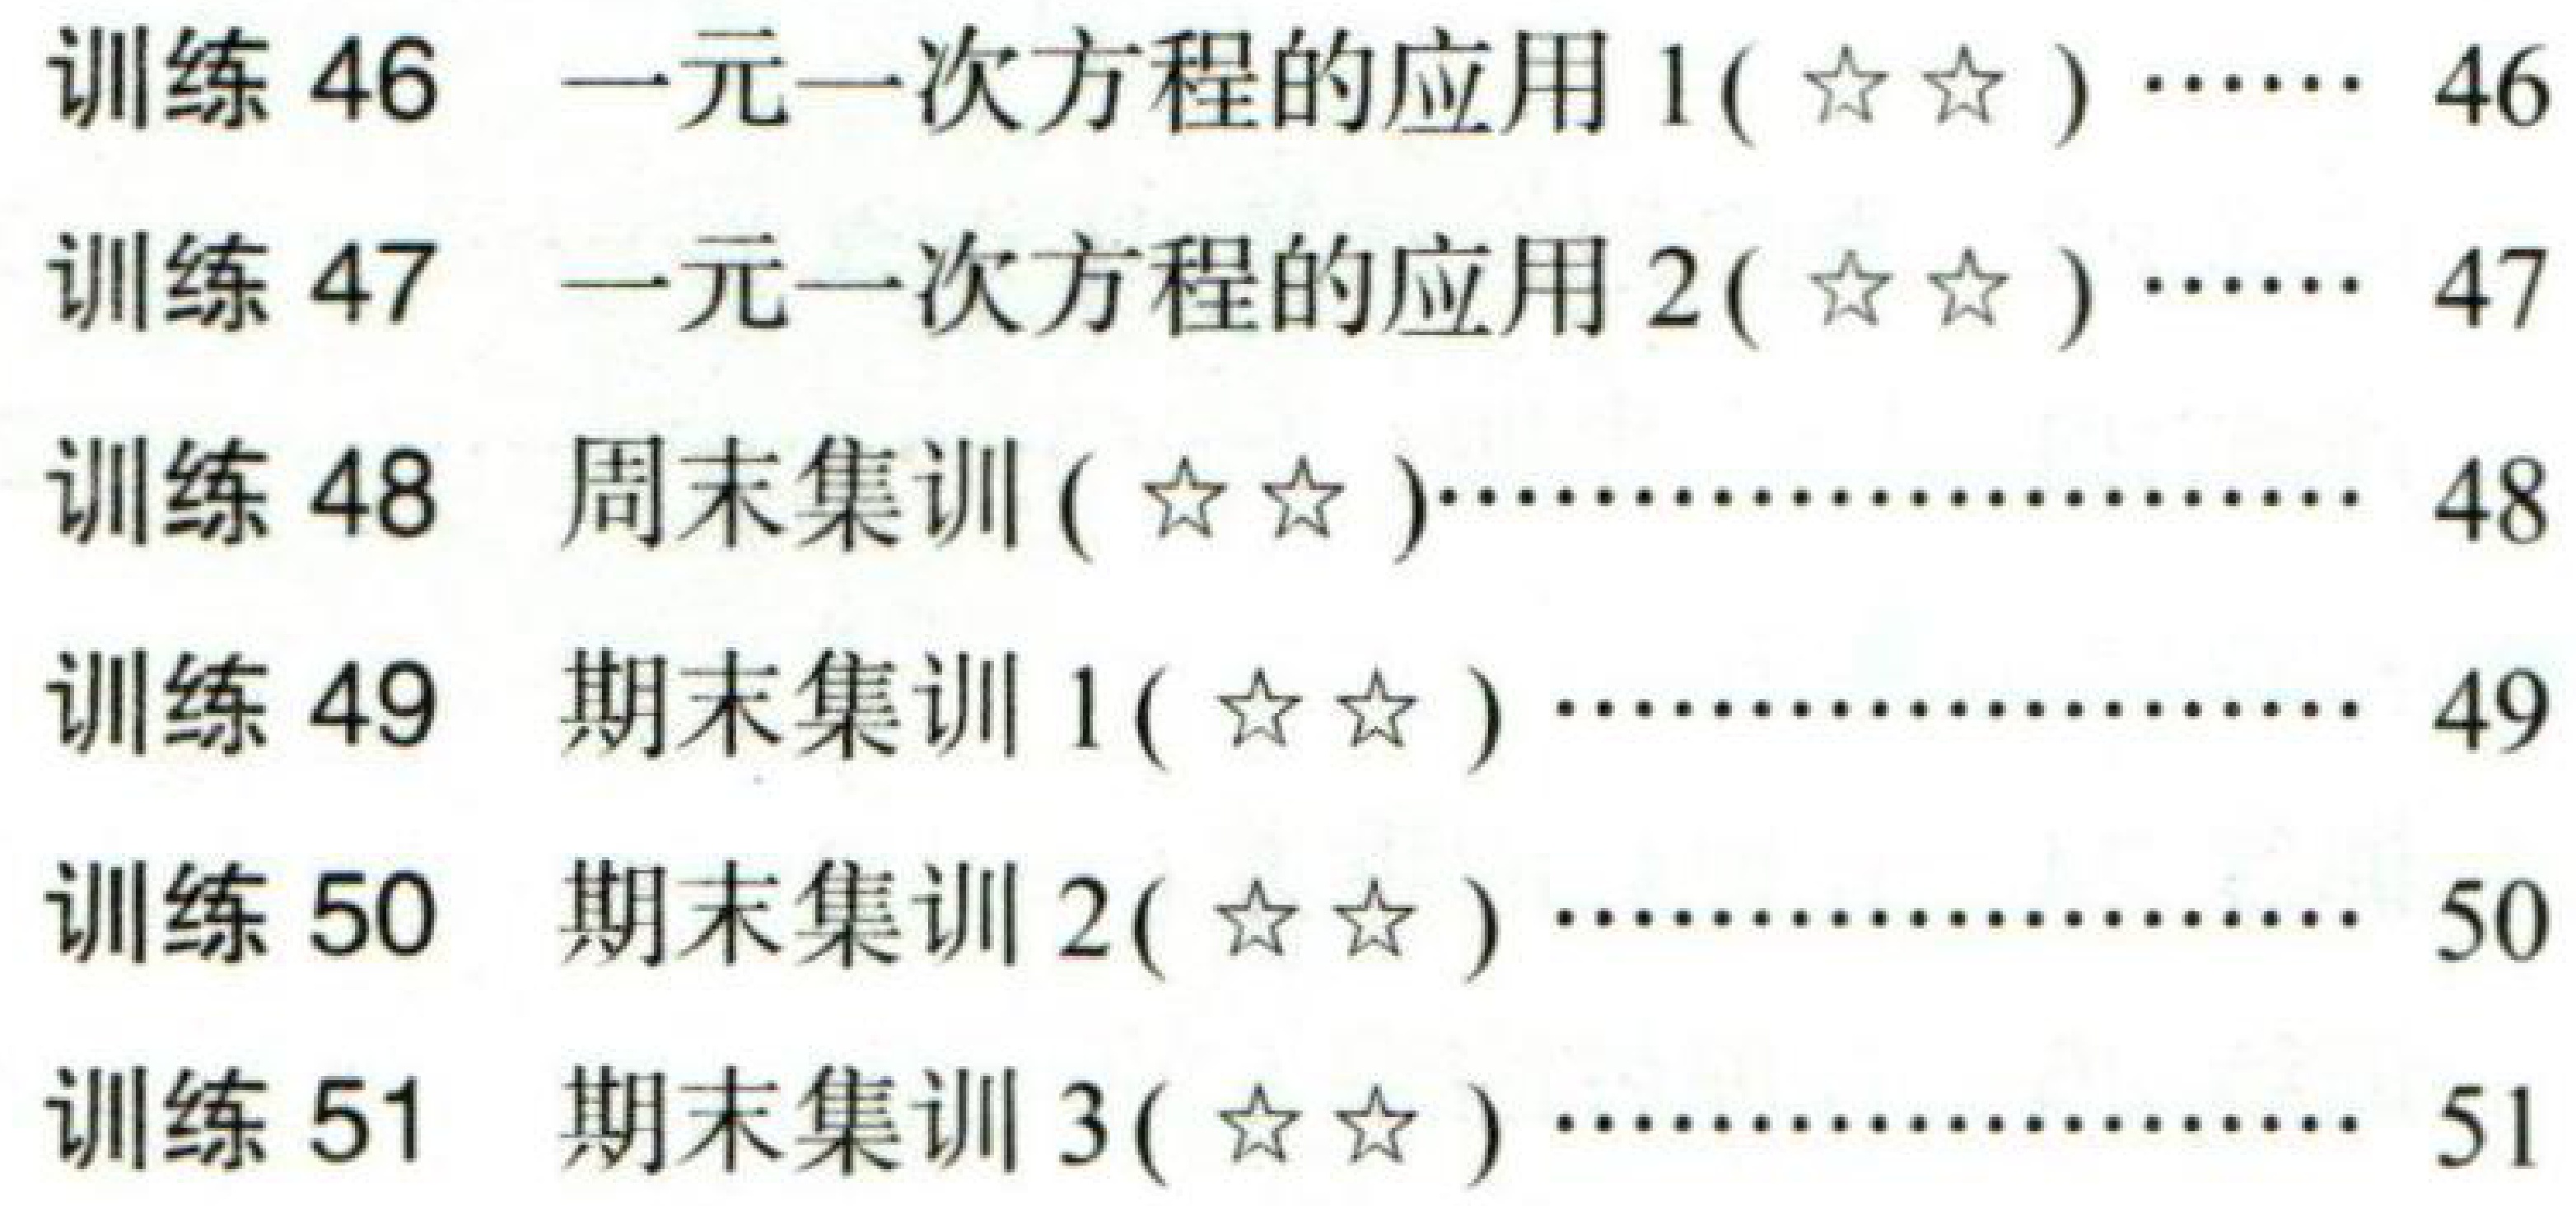
训练 \(46\)  一元一次方程的应用 \(1(\star\star)\cdots\cdots 46\)
训练 \(47\)  一元一次方程的应用 \(2(\star\star)\cdots\cdots 47\)
训练 \(48\)  周末集训 \((\star\star)\cdots\cdots 48\)
训练 \(49\)  期末集训 \(1(\star\star)\cdots\cdots 49\)
训练 \(50\)  期末集训 \(2(\star\star)\cdots\cdots 50\)
训练 \(51\)  期末集训 \(3(\star\star)\cdots\cdots 51\)